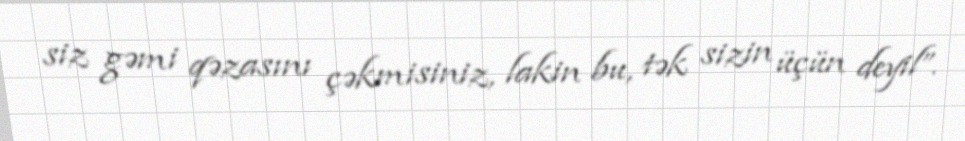
siz gəmi qəzasını çəkmisiniz, lakin bu, tək sizin üçün deyil”.